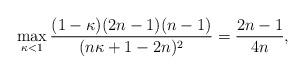
LaTeX: \begin{align*}\max_{\kappa<1}\frac{(1-\kappa)(2n-1)(n-1)}{(n\kappa+1-2n)^2}=\frac{2n-1}{4n},\end{align*}